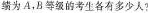
绩为A，B等级的考生各有多少人？